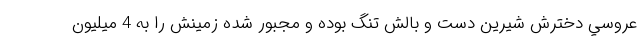
عروسي دخترش شيرين دست و بالش تنگ بوده و مجبور شده زمينش را به 4 ميليون